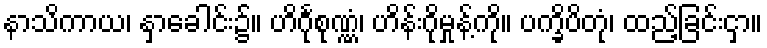
နာသိကာယ၊ နှာခေါင်း၌။ ဟိင်္ဂုစုဏ္ဏံ၊ ဟိန်းဂိုမှုန့်ကို။ ပက္ခိပိတုံ၊ ထည့်ခြင်းငှာ။